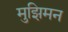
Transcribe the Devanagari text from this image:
मुझिमन